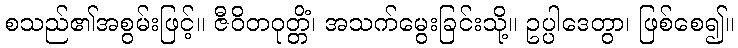
စသည်၏အစွမ်းဖြင့်။ ဇီဝိတဝုတ္တိံ၊ အသက်မွေးခြင်းသို့။ ဥပ္ပါဒေတွာ၊ ဖြစ်စေ၍။